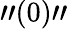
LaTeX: "(0)"